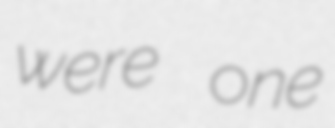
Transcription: were one